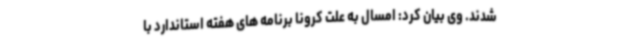
شدند. وی بیان کرد: امسال به علت کرونا برنامه های هفته استاندارد با